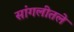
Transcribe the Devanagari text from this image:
सांगलीतले